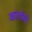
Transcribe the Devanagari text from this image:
खाल्लेली